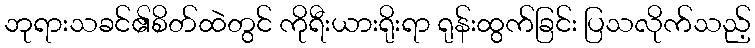
ဘုရားသခင်၏စိတ်ထဲတွင် ကိုရီးယားရိုးရာ ရုန်းထွက်ခြင်း ပြသလိုက်သည့်